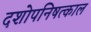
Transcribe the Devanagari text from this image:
दशोपनिषत्काल